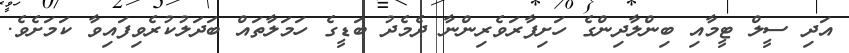
އަދި ސީލް ޓީމާއި ބިންލާދިންގެ ހަށިފާރަވެރިންނާ ދެމެދު ބަޑީގެ ހަމަލާތައް ބަދަލުކުރެވިފައިވާ ކަަމަށެވެ.